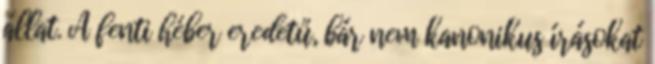
állat. A fenti héber eredetű, bár nem kanonikus írásokat